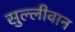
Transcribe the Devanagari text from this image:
सुल्लीवान